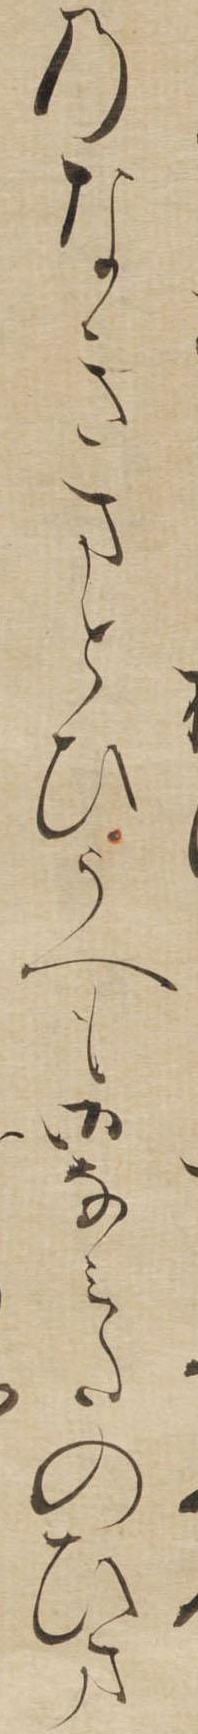
のなきまとひうへも御なみたのひま